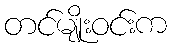
တင်မျိုးဝင်းက